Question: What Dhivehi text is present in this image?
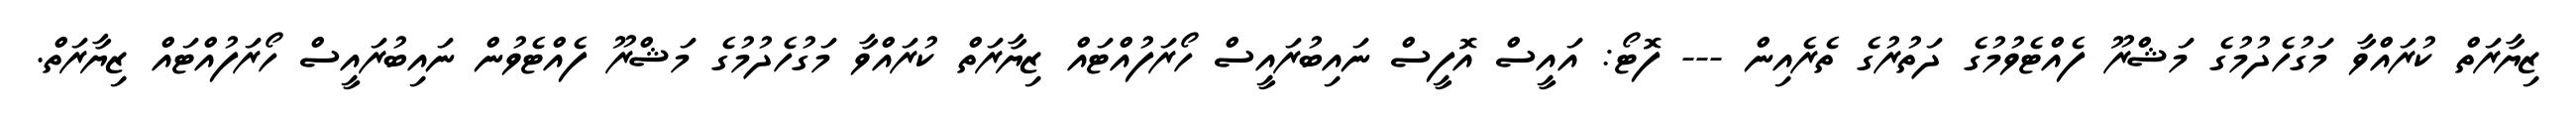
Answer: ޒިޔާރަތް ކުރައްވާ މަގުހެދުމުގެ މަޝްރޫ ފެއްޓެވުމުގެ ދަތުރުގެ ތެރެއިން --- ފޮޓޯ: އައީސް އޮފީސް ނައިބުރައީސް ހޯރަފުއްޓައް ޒިޔާރަތް ކުރައްވާ މަގުހެދުމުގެ މަޝްރޫ ފެއްޓެވުން ނައިބުރައީސް ހޯރަފުއްޓައް ޒިޔާރަތް.